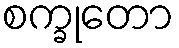
စက္ခုတော